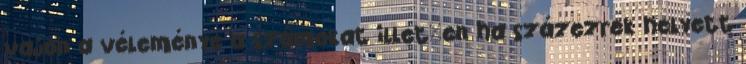
vajon a véleménye a számokat illet�en ha százezrek helyett